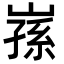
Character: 𭗅